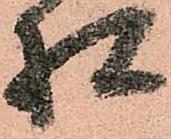
様